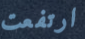
ارتفعت